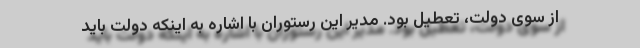
از سوی دولت، تعطیل بود. مدیر این رستوران با اشاره به اینکه دولت باید